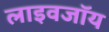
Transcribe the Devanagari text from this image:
लाइवजॉय